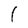
Character: l